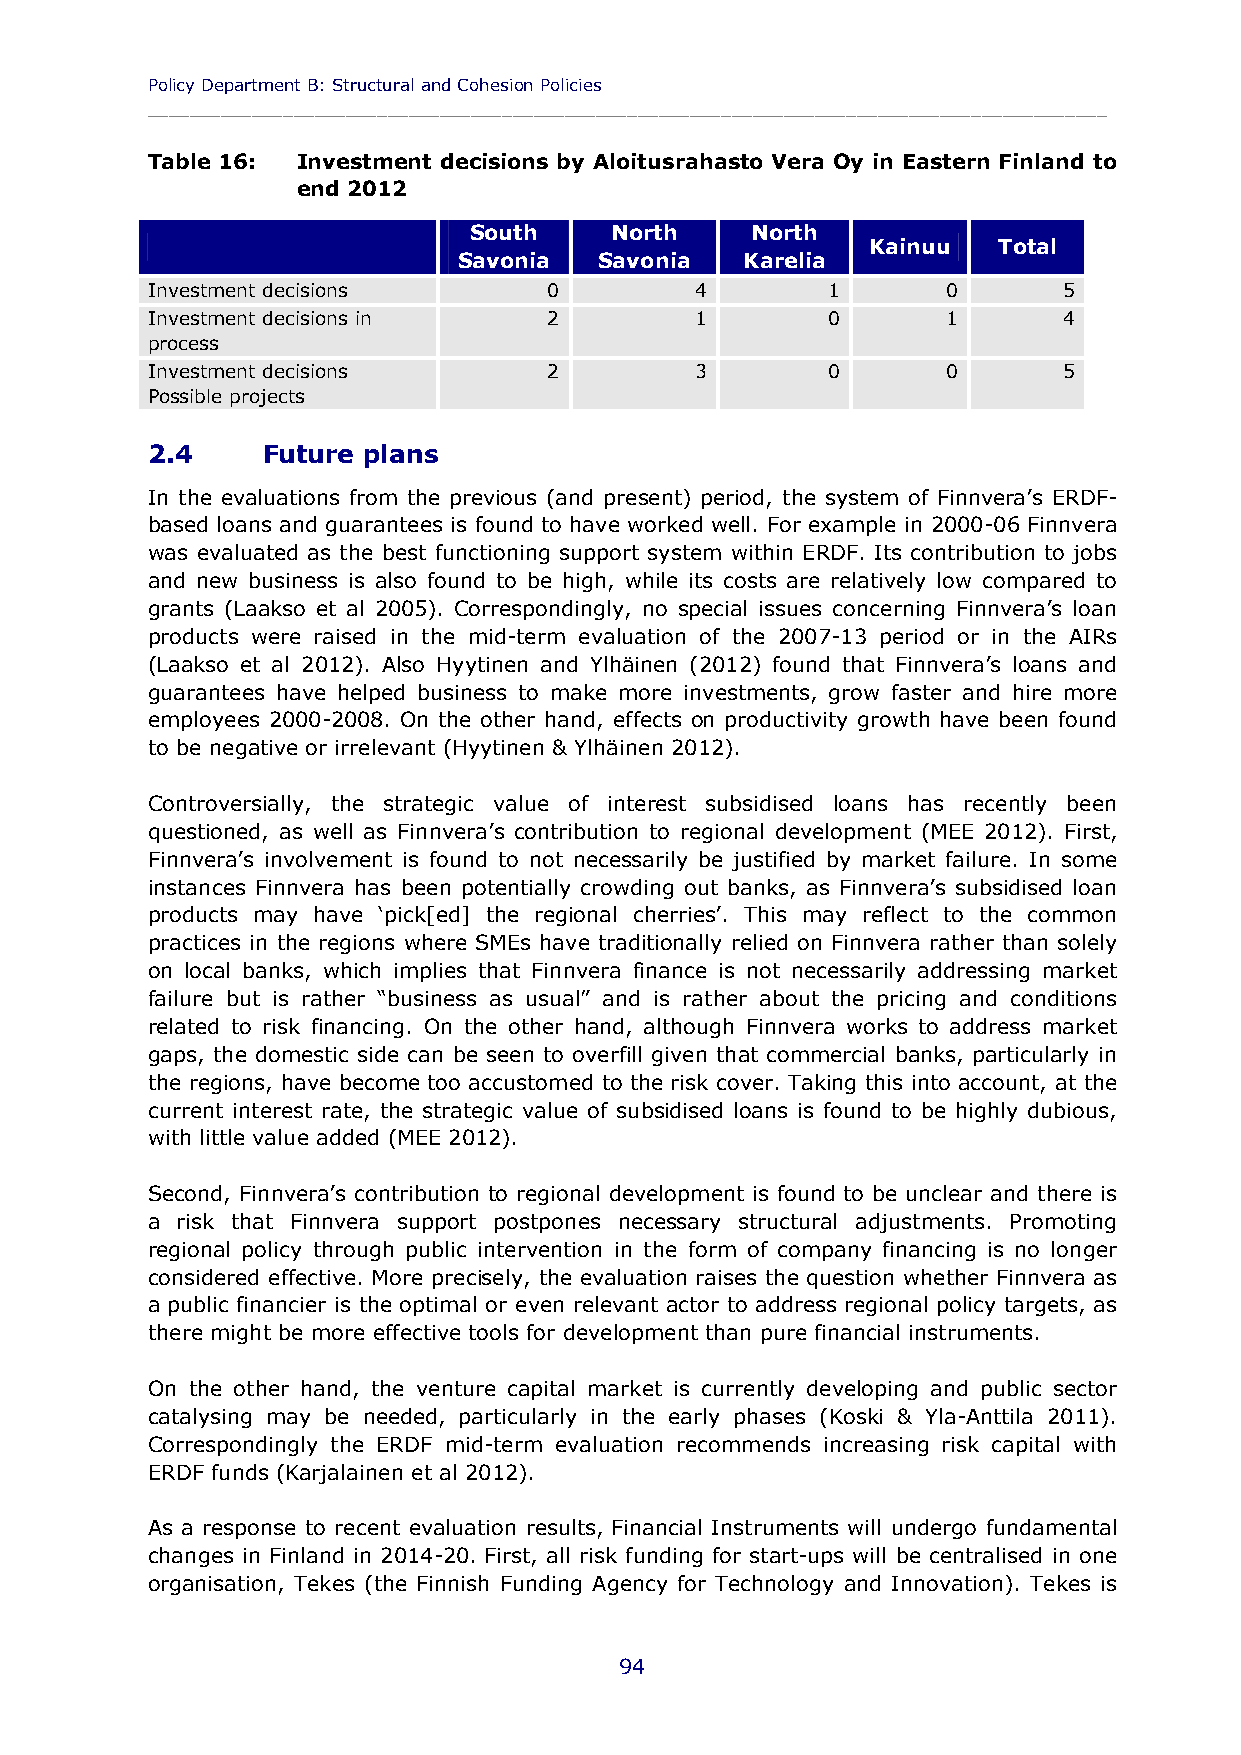
Policy Department B: Structural and Cohesion Policies
 ____________________________________________________________________________________________
 Table 16: Investment decisions by Aloitusrahasto Vera Oy in Eastern Finland to
 end 2012
 South    North     North
 Kainuu  Total
 Savonia   Savonia  Karelia
 Investment decisions      0         4        1       0      5
 Investment decisions in   2         1        0       1      4
 process
 Investment decisions      2         3        0       0      5
 Possible projects
 2.4    Future plans
 In the evaluations from the previous (and present) period, the system of Finnvera’s ERDF-
 based loans and guarantees is found to have worked well. For example in 2000-06 Finnvera
 was evaluated as the best functioning support system within ERDF. Its contribution to jobs
 and new business is also found to be high, while its costs are relatively low compared to
 grants (Laakso et al 2005). Correspondingly, no special issues concerning Finnvera’s loan
 products were raised in the mid-term evaluation of the 2007-13 period or in the AIRs
 (Laakso et al 2012). Also Hyytinen and Ylhäinen (2012) found that Finnvera’s loans and
 guarantees have helped business to make more investments, grow faster and hire more
 employees 2000-2008. On the other hand, effects on productivity growth have been found
 to be negative or irrelevant (Hyytinen & Ylhäinen 2012).
 Controversially, the strategic value of interest subsidised loans has recently been
 questioned, as well as Finnvera’s contribution to regional development (MEE 2012). First,
 Finnvera’s involvement is found to not necessarily be justified by market failure. In some
 instances Finnvera has been potentially crowding out banks, as Finnvera’s subsidised loan
 products may have ‘pick[ed] the regional cherries’. This may reflect to the common
 practices in the regions where SMEs have traditionally relied on Finnvera rather than solely
 on local banks, which implies that Finnvera finance is not necessarily addressing market
 failure but is rather “business as usual” and is rather about the pricing and conditions
 related to risk financing. On the other hand, although Finnvera works to address market
 gaps, the domestic side can be seen to overfill given that commercial banks, particularly in
 the regions, have become too accustomed to the risk cover. Taking this into account, at the
 current interest rate, the strategic value of subsidised loans is found to be highly dubious,
 with little value added (MEE 2012).
 Second, Finnvera’s contribution to regional development is found to be unclear and there is
 a risk that Finnvera support postpones necessary structural adjustments. Promoting
 regional policy through public intervention in the form of company financing is no longer
 considered effective. More precisely, the evaluation raises the question whether Finnvera as
 a public financier is the optimal or even relevant actor to address regional policy targets, as
 there might be more effective tools for development than pure financial instruments.
 On the other hand, the venture capital market is currently developing and public sector
 catalysing may be needed, particularly in the early phases (Koski & Yla-Anttila 2011).
 Correspondingly the ERDF mid-term evaluation recommends increasing risk capital with
 ERDF funds (Karjalainen et al 2012).
 As a response to recent evaluation results, Financial Instruments will undergo fundamental
 changes in Finland in 2014-20. First, all risk funding for start-ups will be centralised in one
 organisation, Tekes (the Finnish Funding Agency for Technology and Innovation). Tekes is
 94